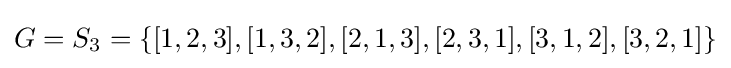
G=S_{3}=\{[1,2,3],[1,3,2],[2,1,3],[2,3,1],[3,1,2],[3,2,1]\}